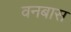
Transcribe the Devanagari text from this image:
वनबास